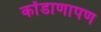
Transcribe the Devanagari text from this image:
कोंडाणापण